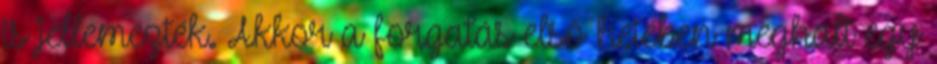
is jellemezték. Akkor a forgatás első hetében meghalt egy